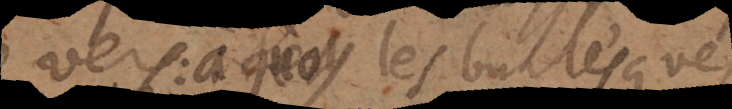
vers: à quoy les burlesques